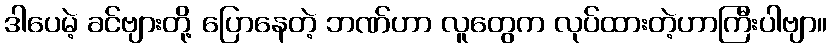
ဒါပေမဲ့ ခင်ဗျားတို့ ပြောနေတဲ့ ဘဏ်ဟာ လူတွေက လုပ်ထားတဲ့ဟာကြီးပါဗျာ။